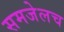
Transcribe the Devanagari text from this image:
समजेलच